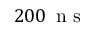
2 0 0 \, \mathrm { ~ n ~ s ~ }